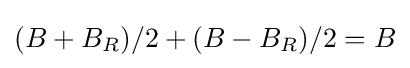
(B+B_{R})/2+(B-B_{R})/2=B